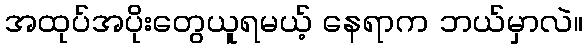
အထုပ်အပိုးတွေယူရမယ့် နေရာက ဘယ်မှာလဲ။